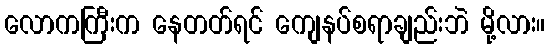
လောကကြီးက နေတတ်ရင် ကျေနပ်စရာချည်းဘဲ မို့လား။